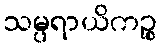
သမ္ပရာယိကဉ္စ